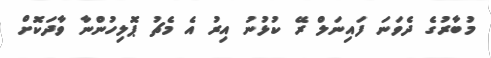
މުބާރުގެ ދެވަނަ ފައިނަލް ރޭ ކުޅުނު އިރު އެ މެޗު ޕޮލިހުންނާ ވާދަކޮށް